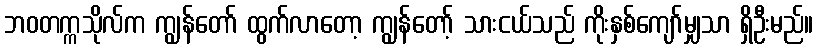
ဘဝတက္ကသိုလ်က ကျွန်တော် ထွက်လာတော့ ကျွန်တော့် သားငယ်သည် ကိုးနှစ်ကျော်မျှသာ ရှိဦးမည်။